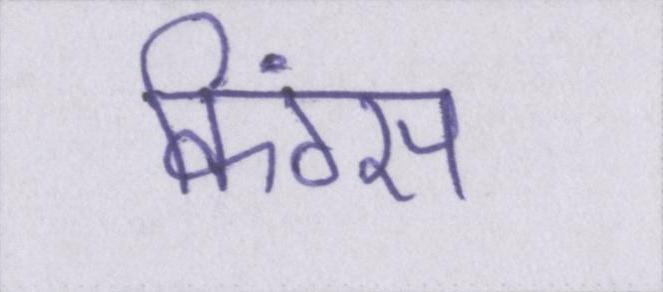
किंग्स